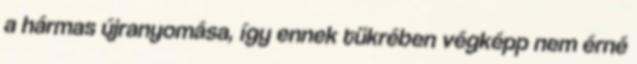
a hármas újranyomása, így ennek tükrében végképp nem érné